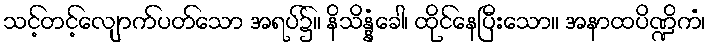
သင့်တင့်လျောက်ပတ်သော အရပ်၌။ နိသိန္နံခေါ၊ ထိုင်နေပြီးသော။ အနာထပိဏ္ဍိကံ၊